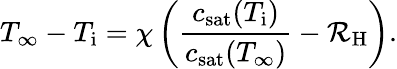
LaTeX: T_{\infty}-T_{\mathrm{i}}=\chi\left(\frac{c_{\mathrm{sat}}(T_{\mathrm{i}})}{c_{\mathrm{sat}}(T_{\infty})}-\mathcal{R}_{\mathrm{H}}\right).